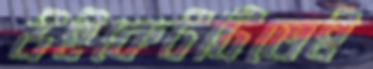
উইকেটটিতেই